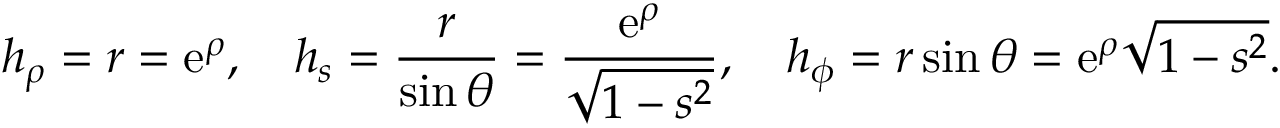
h _ { \rho } = r = \mathrm { e } ^ { \rho } , \quad h _ { s } = \frac { r } { \sin \theta } = \frac { \mathrm { e } ^ { \rho } } { \sqrt { 1 - s ^ { 2 } } } , \quad h _ { \phi } = r \sin \theta = \mathrm { e } ^ { \rho } \sqrt { 1 - s ^ { 2 } } .